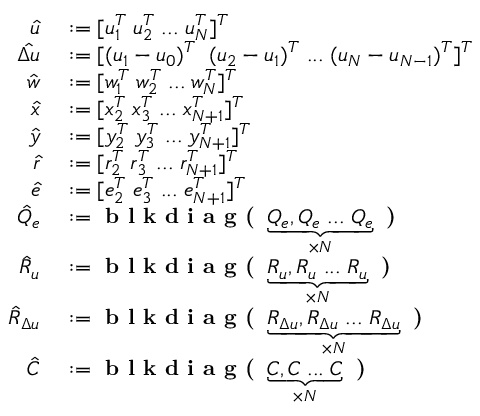
\begin{array} { r l } { \hat { u } } & { { } : = [ u _ { 1 } ^ { T } \; u _ { 2 } ^ { T } \; . . . \; u _ { N } ^ { T } ] ^ { T } } \\ { \hat { \Delta u } } & { { } : = [ ( u _ { 1 } - u _ { 0 } ) ^ { T } \; \; ( u _ { 2 } - u _ { 1 } ) ^ { T } \; . . . \; ( u _ { N } - u _ { N - 1 } ) ^ { T } ] ^ { T } } \\ { \hat { w } } & { { } : = [ w _ { 1 } ^ { T } \; w _ { 2 } ^ { T } \; . . . \; w _ { N } ^ { T } ] ^ { T } } \\ { \hat { x } } & { { } : = [ x _ { 2 } ^ { T } \; x _ { 3 } ^ { T } \; . . . \; x _ { N + 1 } ^ { T } ] ^ { T } } \\ { \hat { y } } & { { } : = [ y _ { 2 } ^ { T } \; y _ { 3 } ^ { T } \; . . . \; y _ { N + 1 } ^ { T } ] ^ { T } } \\ { \hat { r } } & { { } : = [ r _ { 2 } ^ { T } \; r _ { 3 } ^ { T } \; . . . \; r _ { N + 1 } ^ { T } ] ^ { T } } \\ { \hat { e } } & { { } : = [ e _ { 2 } ^ { T } \; e _ { 3 } ^ { T } \; . . . \; e _ { N + 1 } ^ { T } ] ^ { T } } \\ { \hat { Q } _ { e } } & { { } : = \textbf { b l k d i a g ( } \underbrace { Q _ { e } , Q _ { e } \; . . . \; Q _ { e } } _ { \times N } \textbf { ) } } \\ { \hat { R } _ { u } } & { { } : = \textbf { b l k d i a g ( } \underbrace { R _ { u } , R _ { u } \; . . . \; R _ { u } } _ { \times N } \textbf { ) } } \\ { \hat { R } _ { \Delta u } } & { { } : = \textbf { b l k d i a g ( } \underbrace { R _ { \Delta u } , R _ { \Delta u } \; . . . \; R _ { \Delta u } } _ { \times N } \textbf { ) } } \\ { \hat { C } } & { { } : = \textbf { b l k d i a g ( } \underbrace { C , C \; . . . \; C } _ { \times N } \textbf { ) } } \end{array}